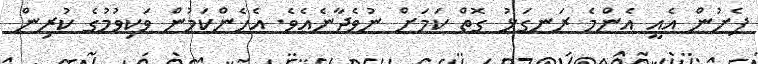
ފެށުން އެއީ އެންމެ ރަނގަޅު ގޮތް ކަމަށް ނުވެދާނެއެވެ. އެހެންކަމުން ވަކިވުމުގެ ކުރިން